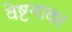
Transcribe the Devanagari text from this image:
वेष्टनावर